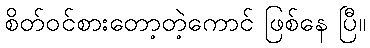
စိတ်ဝင်စားတော့တဲ့ကောင် ဖြစ်နေ ပြီ။